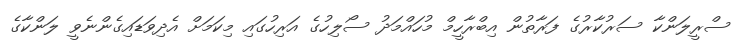
ސްރީލަންކާ ސަރުކާރުގެ ފަރާތުން އިބްރާހީމް މުހައްމަދު ސޯލިހުގެ އަރިހުގައި މިކަމަށް އެދިވަޑައިގެންނެވީ ލަންކާގެ